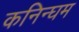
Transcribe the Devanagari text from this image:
कनिन्घम